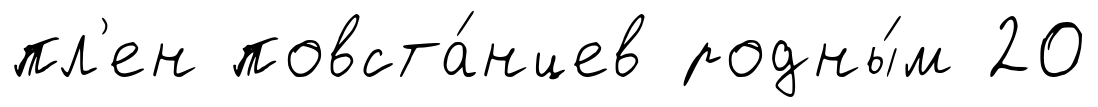
пл'ен повста́нцев родны́м 20